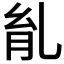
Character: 𦙌